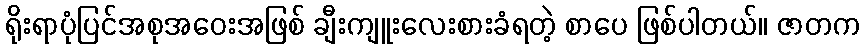
ရိုးရာပုံပြင်အစုအဝေးအဖြစ် ချီးကျူးလေးစားခံရတဲ့ စာပေ ဖြစ်ပါတယ်။ ဇာတက